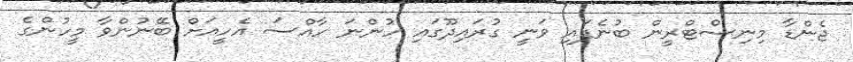
ޖެންޑާ މިނިސްޓްރީން ބުނެފައި ވަނީ ގުރައިދޫގައި ހުންނަ ހާއްސަ އެހީއަށް ބޭނުންވާ މީހުންގެ